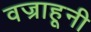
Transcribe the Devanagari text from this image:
वज्राहूनी